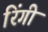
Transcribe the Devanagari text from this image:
रिंगी